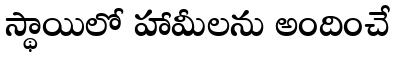
స్థాయిలో హామీలను అందించే